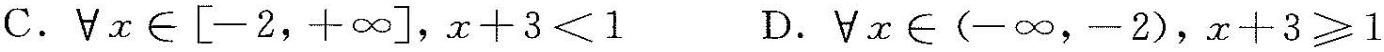
C.$$\forall x\in\left [-2，+\infty \right ]$$，$$x+3<1$$ D.$$\forall x\in (-\infty，-2)$$，$$x+3\geqslant 1$$